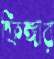
ফিঙ্গার